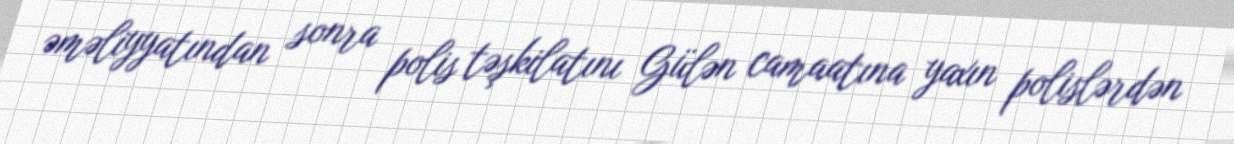
əməliyyatından sonra polis təşkilatını Gülən camaatına yaxın polislərdən